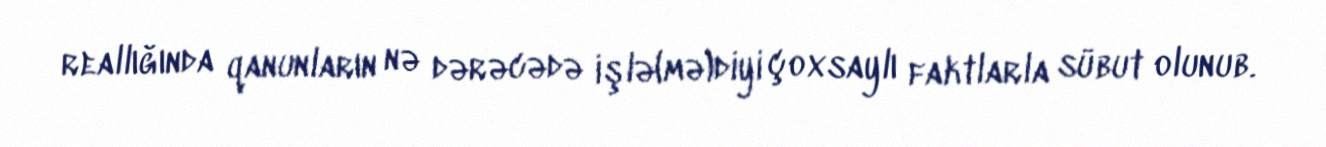
reallığında qanunların nə dərəcədə işlə(mə)diyi çoxsaylı faktlarla sübut olunub.